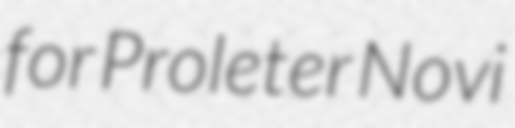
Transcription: for Proleter Novi